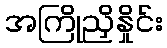
အကြိုညှိနှိုင်း